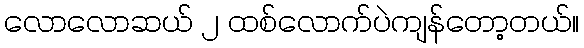
လောလောဆယ် ၂ ထစ်လောက်ပဲကျန်တော့တယ်။